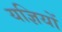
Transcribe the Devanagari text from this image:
यज्ञियों